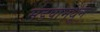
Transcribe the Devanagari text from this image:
मंडपामधून